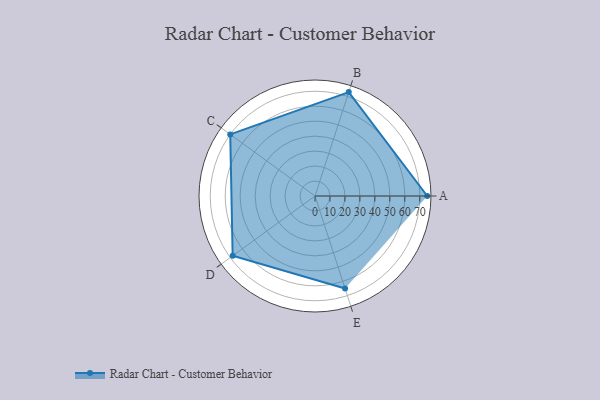
{"axis": {"x": "Skill", "y": "Score"}, "legend": ["Profile"], "data": [{"x": "A", "y": 75.0, "type": "Profile"}, {"x": "B", "y": 73.0, "type": "Profile"}, {"x": "C", "y": 70.0, "type": "Profile"}, {"x": "D", "y": 68.0, "type": "Profile"}, {"x": "E", "y": 65.0, "type": "Profile"}]}